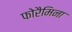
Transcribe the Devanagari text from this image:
फोरैमिना